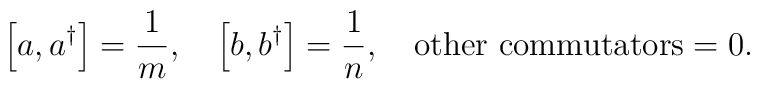
\left[ a,a^\dagger \right] = \frac{1}{m},\quad\left[ b,b^\dagger \right] = \frac{1}{n},\quad\mbox{other commutators}=0.